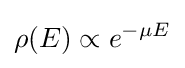
\rho (E)\propto e^{-\mu E}